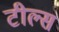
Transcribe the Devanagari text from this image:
टील्स